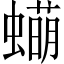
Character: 𬠫